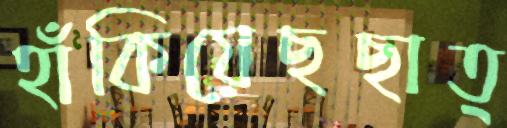
হাঁকিয়েছছাত্